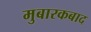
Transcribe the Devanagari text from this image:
मुबारकबाद